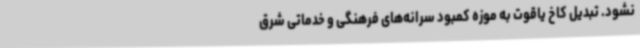
نشود. تبدیل کاخ یاقوت به موزه کمبود سرانه‌های فرهنگی و خدماتی شرق